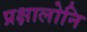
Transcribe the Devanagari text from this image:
प्रक्षालोनि